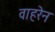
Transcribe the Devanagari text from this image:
वाहरेन